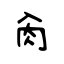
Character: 肏